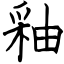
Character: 釉